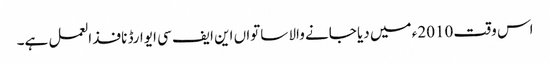
اس وقت 2010ء میں دیا جانے والا ساتواں این ایف سی ایوارڈ نافذ العمل ہے۔